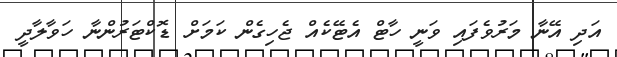
އަދި އޭނާ މަރުވެފައި ވަނީ ހާޓް އެޓޭކެއް ޖެހިގެން ކަމަށް ޑޮކްޓަރުންނާ ހަވާލާދީ